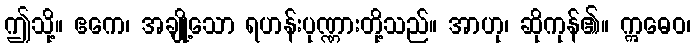
ဤသို့။ ဧကေ၊ အချို့သော ရဟန်းပုဏ္ဏားတို့သည်။ အာဟု၊ ဆိုကုန်၏။ ဣဓေဝ၊